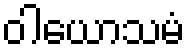
ဝါယောသမံ